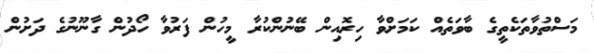
މަސްތުވާތަކެތީގެ ބާވަތެއް ކަމަށްވާ ހިރޮއިން ބޭނުންކުރާ މީހުން ފަރުވާ ހޯދުން ގާނޫނުގެ ދަށުން